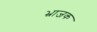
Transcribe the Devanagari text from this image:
भ्राजक